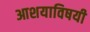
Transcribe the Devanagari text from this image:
आशयाविषयी